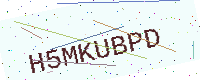
Text: H5MKUBPD